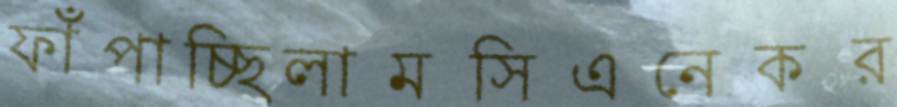
ফাঁপাচ্ছিলামসিএনেকর